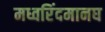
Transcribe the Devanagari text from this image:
मध्वरिंदमानघ